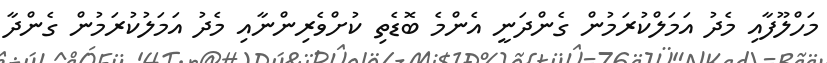
މަހްލޫފާއި މެދު އަމަލްކުރަމުން ގެންދަނީ އެންމެ ބޮޑެތި ކުށްވެރިންނާއި މެދު އަމަލުކުރަމުން ގެންދާ